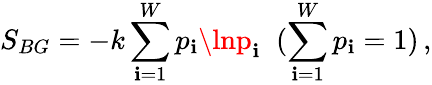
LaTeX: S_{BG}=-k\sum_{\mathbf{i}=1}^{W}p_{\mathbf{i}}\lnp_{\mathbf{i}}\; \; (\sum_{\mathbf{i}=1}^{W}p_{\mathbf{i}}=1)\, ,